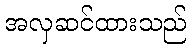
အလှဆင်ထားသည်